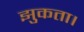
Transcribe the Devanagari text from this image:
झुकता।